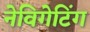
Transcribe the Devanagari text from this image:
नेविगेटिंग